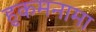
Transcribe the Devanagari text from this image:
हुकमनामा